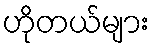
ဟိုတယ်များ